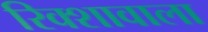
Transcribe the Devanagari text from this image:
रिक्शावाला